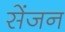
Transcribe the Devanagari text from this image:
सेंजन